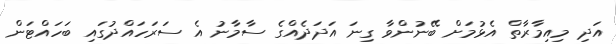
އަދި މިއިމާރާތް އެޅުމަށް ބޭނުންވާ ގިނަ އަދަދެެއްގެ ސާމާނު އެ ސަރަހައްދުގައި ބަހައްޓަން